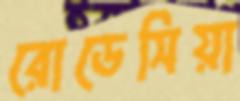
রোডেসিয়া